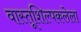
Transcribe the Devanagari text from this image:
वास्तूशिल्पकलेला